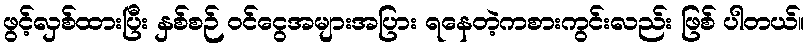
ဖွင့်လှစ်ထားပြီး နှစ်စဉ် ဝင်ငွေအများအပြား ရနေတဲ့ကစားကွင်းလည်း ဖြစ် ပါတယ်။